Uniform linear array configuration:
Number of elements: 24
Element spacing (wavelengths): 0.75
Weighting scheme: blackman
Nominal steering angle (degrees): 45
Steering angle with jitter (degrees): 44.593
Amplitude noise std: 0.05
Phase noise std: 0.05

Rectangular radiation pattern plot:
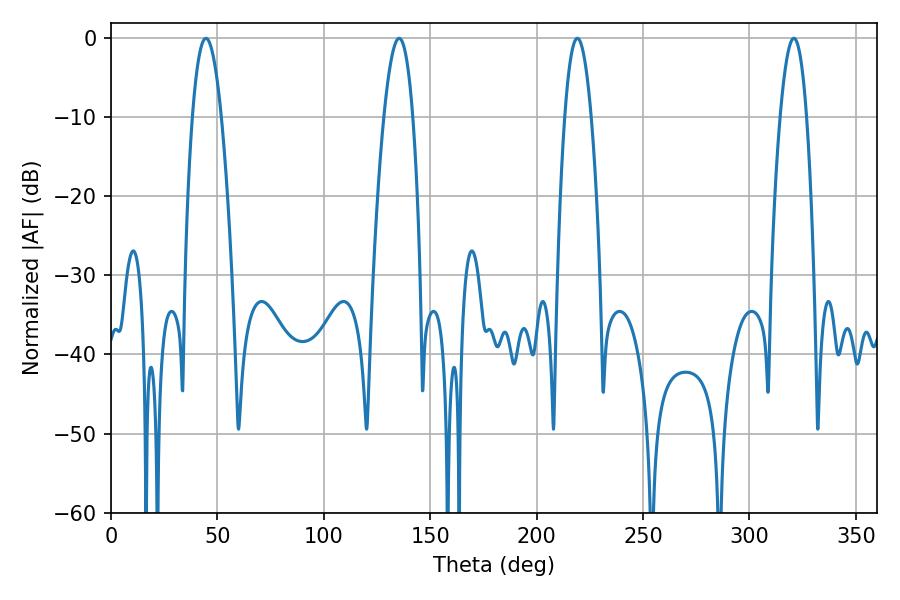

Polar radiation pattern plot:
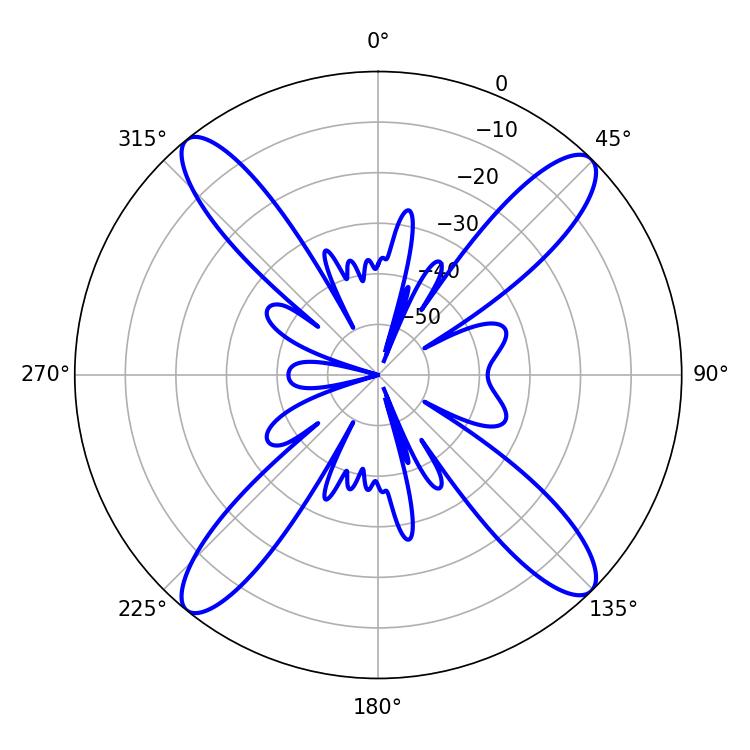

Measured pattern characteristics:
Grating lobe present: TRUE
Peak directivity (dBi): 17.525
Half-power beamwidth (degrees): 7.38
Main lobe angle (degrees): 44.64